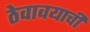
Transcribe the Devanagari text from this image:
ठेवावयाची